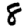
Digit: 8